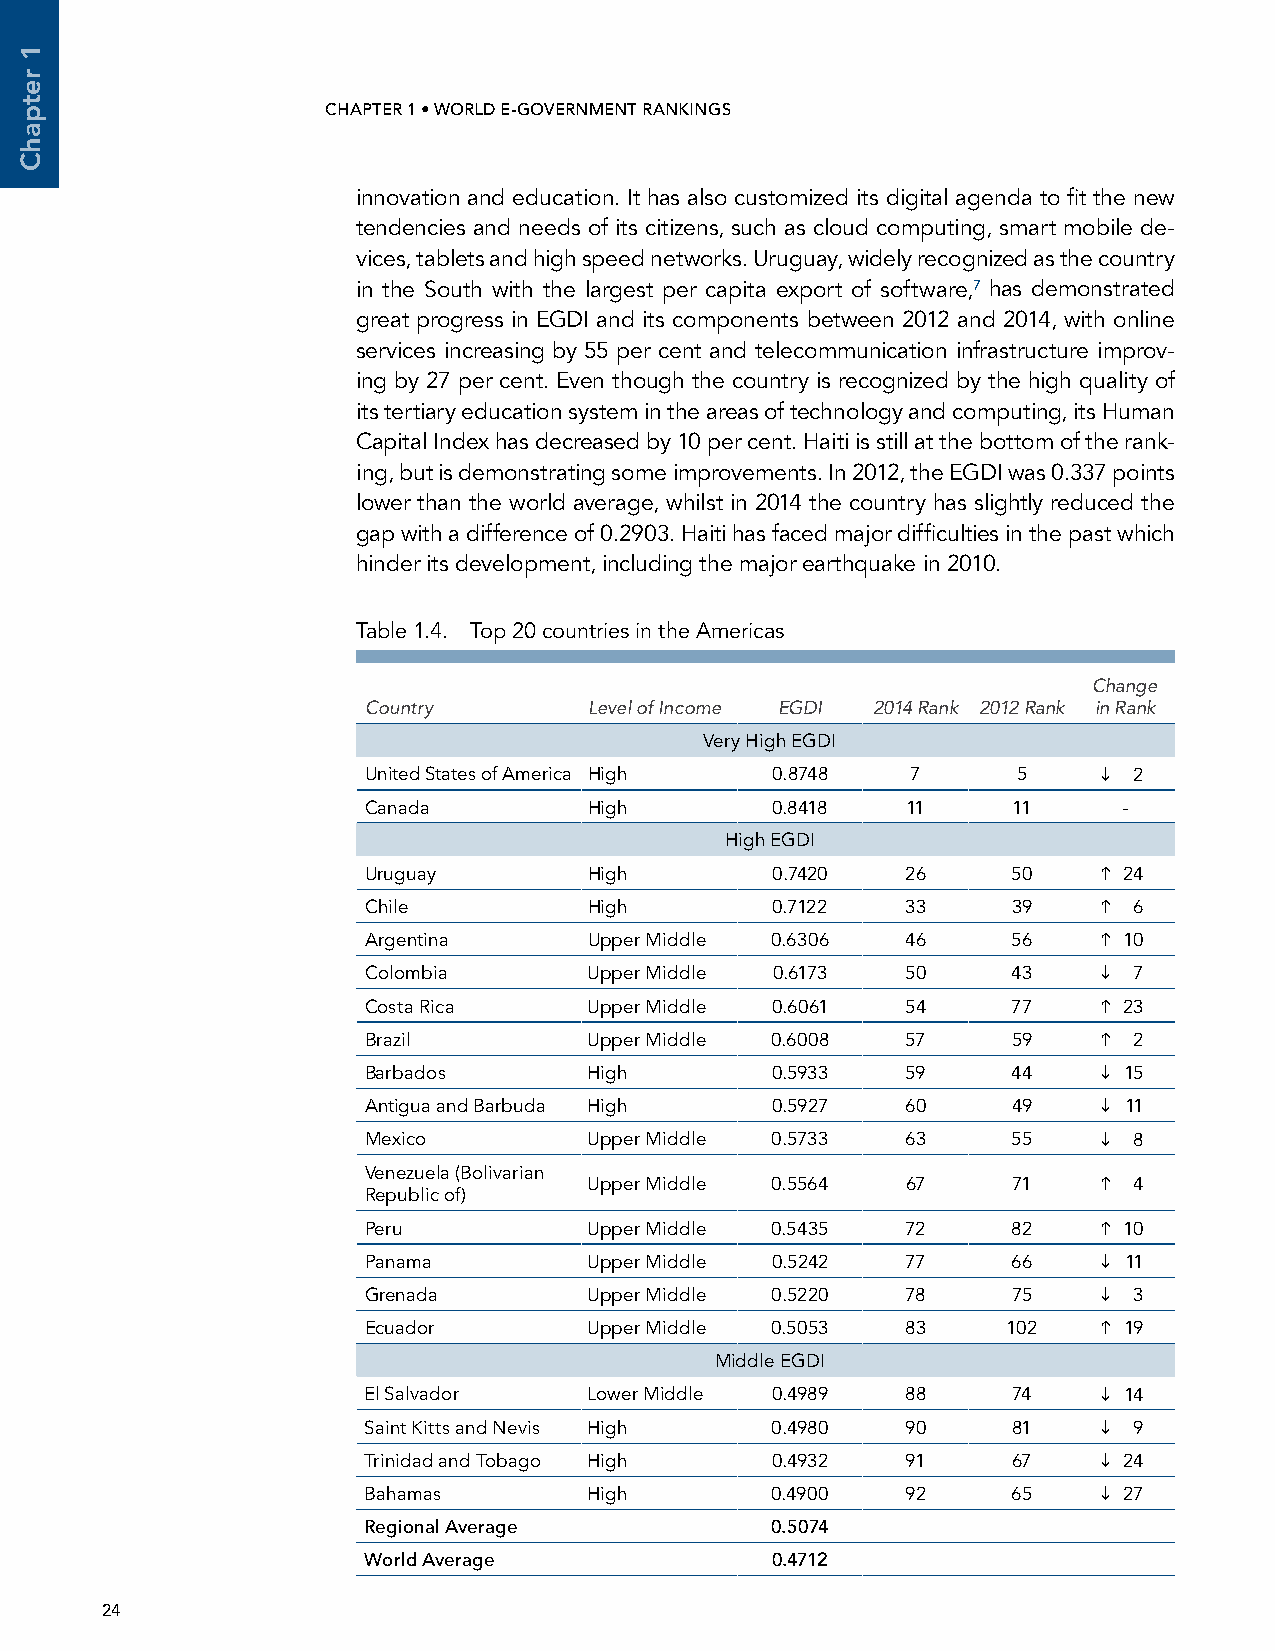
CHAPTER 1 • WORLD E-GOVERNMENT RANKINGS                                                            UNITED NATIONS E-GOVERNMENT SURVEY 2014
 innovation and education. It has also customized its digital agenda to fit the new
 tendencies and needs of its citizens, such as cloud computing, smart mobile de-
 vices, tablets and high speed networks. Uruguay, widely recognized as the country
 in the South with the largest per capita export of software,7 has demonstrated
 great progress in EGDI and its components between 2012 and 2014, with online
 services increasing by 55 per cent and telecommunication infrastructure improv-
 ing by 27 per cent. Even though the country is recognized by the high quality of
 its tertiary education system in the areas of technology and computing, its Human
 Capital Index has decreased by 10 per cent. Haiti is still at the bottom of the rank-
 ing, but is demonstrating some improvements. In 2012, the EGDI was 0.337 points
 lower than the world average, whilst in 2014 the country has slightly reduced the
 gap with a difference of 0.2903. Haiti has faced major difficulties in the past which
 hinder its development, including the major earthquake in 2010.
 Table 1.4. Top 20 countries in the Americas
 Change
 Country        Level of Income EGDI 2014 Rank 2012 Rank in Rank
 Very High EGDI
 United States of America High 0.8748 7     5      2
 Canada         High        0.8418   11     11     -
 High EGDI
 Uruguay        High        0.7420   26     50     24
 Chile          High        0.7122   33     39     6
 Argentina      Upper Middle 0.6306  46     56     10
 Colombia       Upper Middle 0.6173  50     43     7
 Costa Rica     Upper Middle 0.6061  54     77     23
 Brazil         Upper Middle 0.6008  57     59     2
 Barbados       High        0.5933   59     44     15
 Antigua and Barbuda High   0.5927   60     49     11
 Mexico         Upper Middle 0.5733  63     55     8
 Venezuela (Bolivarian
 Upper Middle 0.5564  67     71     4
 Republic of)
 Peru           Upper Middle 0.5435  72     82     10
 Panama         Upper Middle 0.5242  77     66     11
 Grenada        Upper Middle 0.5220  78     75     3
 Ecuador        Upper Middle 0.5053  83     102    19
 Middle EGDI
 El Salvador    Lower Middle 0.4989  88     74     14
 Saint Kitts and Nevis High 0.4980   90     81     9
 Trinidad and Tobago High   0.4932   91     67     24
 Bahamas        High        0.4900   92     65     27
 Regional Average           0.5074
 world Average              0.4712
 24
 1
 retpahC